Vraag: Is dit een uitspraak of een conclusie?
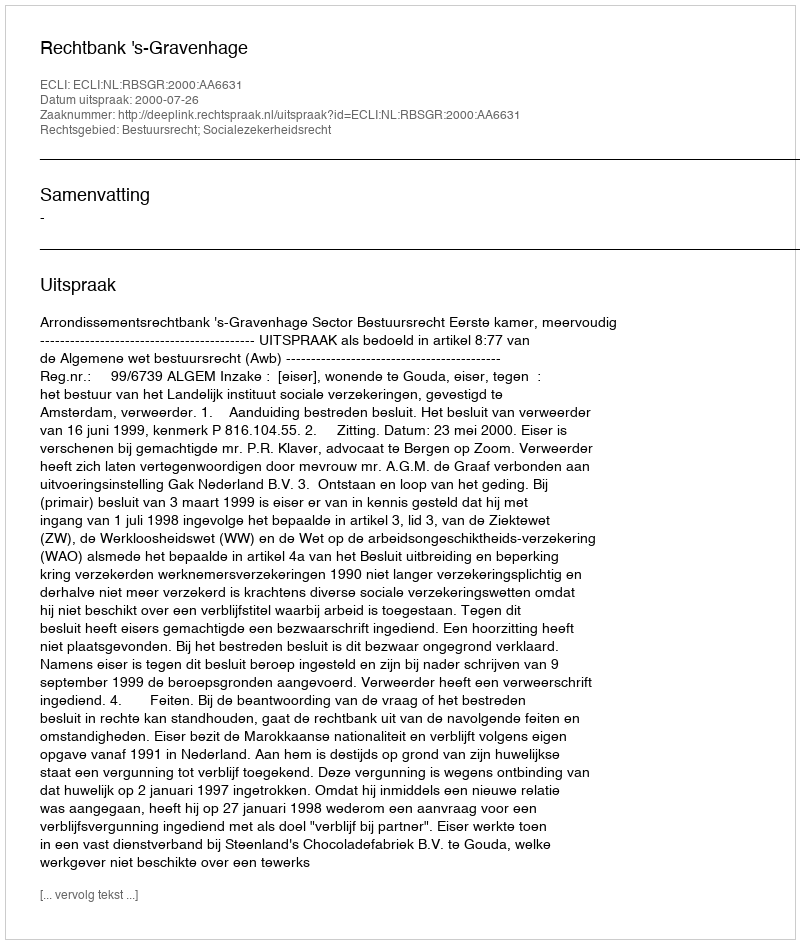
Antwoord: Uitspraak